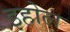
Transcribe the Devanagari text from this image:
इहोल